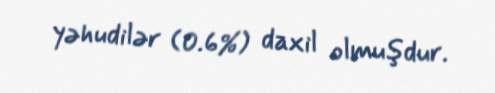
yəhudilər (0.6%) daxil olmuşdur.